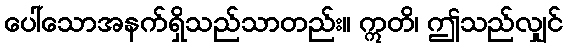
ပေါ်သောအနက်ရှိသည်သာတည်း။ ဣတိ၊ ဤသည်လျှင်